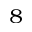
^ { 8 }